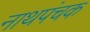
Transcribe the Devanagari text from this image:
नाथपंचक